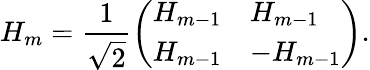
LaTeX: H_{m}={\frac{1}{\sqrt{2}}}{\left(\begin{array}{ll}{H_{m-1}}&{H_{m-1}}\\ {H_{m-1}}&{-H_{m-1}}\end{array}\right)}.